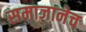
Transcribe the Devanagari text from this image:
समाजानेच